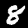
Label: 8